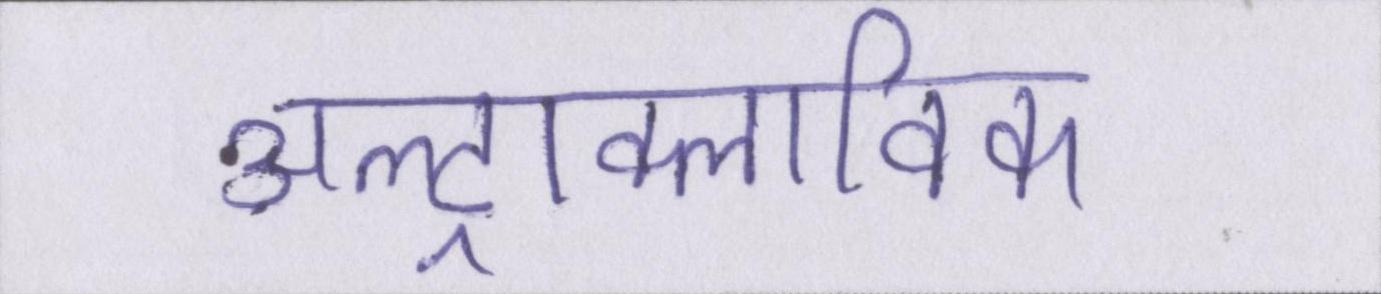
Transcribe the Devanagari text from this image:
अल्ट्राक्लाविक